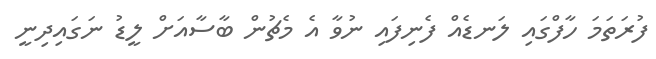
ފުރަތަމަ ހާފްގައި ލަނޑެއް ފެނިފައި ނުވާ އެ މެޗުން ބާސާއަށް ލީޑު ނަގައިދިނީ